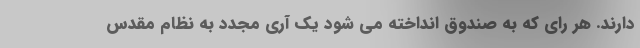
دارند. هر رای که به صندوق انداخته می شود یک آری مجدد به نظام مقدس